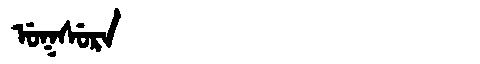
Manchu: ᡠᡴᠰᡠᡵᠠ
Romanization: UKSURA